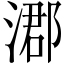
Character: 㴫